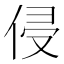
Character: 侵